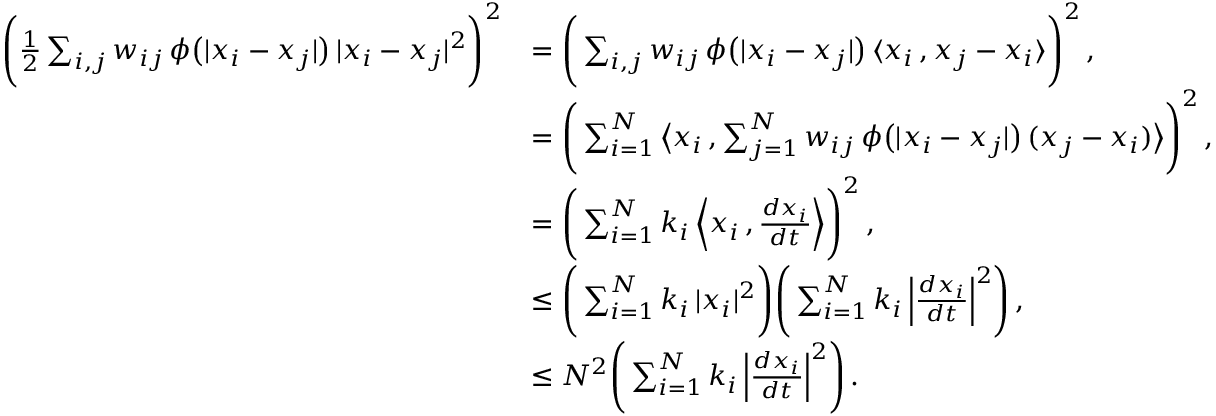
\begin{array} { r l } { \Bigg ( \frac { 1 } { 2 } \sum _ { i , j } w _ { i j } \, \phi \big ( | x _ { i } - x _ { j } | \big ) \, | x _ { i } - x _ { j } | ^ { 2 } \Bigg ) ^ { 2 } } & { = \Bigg ( \sum _ { i , j } w _ { i j } \, \phi \big ( | x _ { i } - x _ { j } | \big ) \, \langle x _ { i } \, , x _ { j } - x _ { i } \rangle \Bigg ) ^ { 2 } \, , } \\ & { = \Bigg ( \sum _ { i = 1 } ^ { N } \big \langle x _ { i } \, , \sum _ { j = 1 } ^ { N } w _ { i j } \, \phi \big ( | x _ { i } - x _ { j } | \big ) \, ( x _ { j } - x _ { i } ) \big \rangle \Bigg ) ^ { 2 } \, , } \\ & { = \Bigg ( \sum _ { i = 1 } ^ { N } k _ { i } \, \Big \langle x _ { i } \, , \frac { d x _ { i } } { d t } \Big \rangle \Bigg ) ^ { 2 } \, , } \\ & { \leq \Bigg ( \sum _ { i = 1 } ^ { N } k _ { i } \, | x _ { i } | ^ { 2 } \Bigg ) \Bigg ( \sum _ { i = 1 } ^ { N } k _ { i } \, \Big | \frac { d x _ { i } } { d t } \Big | ^ { 2 } \Bigg ) \, , } \\ & { \leq N ^ { 2 } \Bigg ( \sum _ { i = 1 } ^ { N } k _ { i } \, \Big | \frac { d x _ { i } } { d t } \Big | ^ { 2 } \Bigg ) \, . } \end{array}